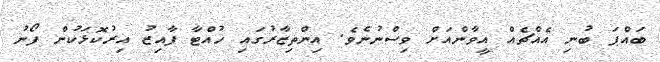
ބައްޕަ ބުނި އެއްޗެއް އީވާންއަށް ވިސްނުނެވެ. އިންތިޒާރުގައި ހުއްޓާ ފާއިޒު އިރުކޮޅަކުން ފޯނު